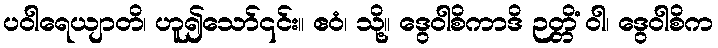
ပဝါရေယျာတိ၊ ဟူ၍သော်၎င်း။ ဧဝံ၊ သို့။ ဒွေဝါစိကာဒိ ဉတ္တိံ ဝါ၊ ဒွေဝါစိက